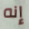
إنه